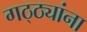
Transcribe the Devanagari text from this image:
गठ्ठ्यांना